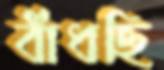
বাঁধছি